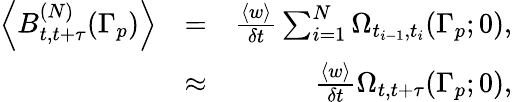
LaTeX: \begin{array}{rlr}{\left<B_{t,t+\tau}^{(N)}(\Gamma_{p})\right>}&{=}&{\frac{\left<w\right>}{\delta t}\sum_{i=1}^{N}\Omega_{t_{i-1},t_{i}}(\Gamma_{p};0),}\\ &{\approx}&{\frac{\left<w\right>}{\delta t}\Omega_{t,t+\tau}(\Gamma_{p};0),}\end{array}